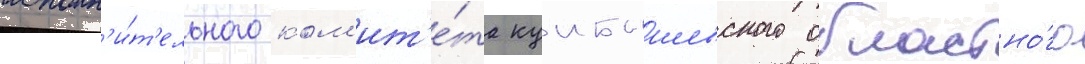
исполн'и́т'ельного ком'ит'е́та куибышевского областно́го